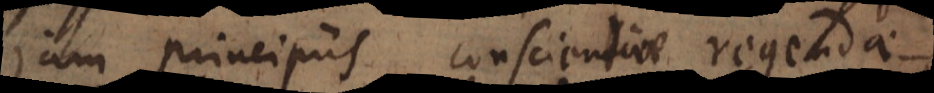
jam principiis conscientiae regendae